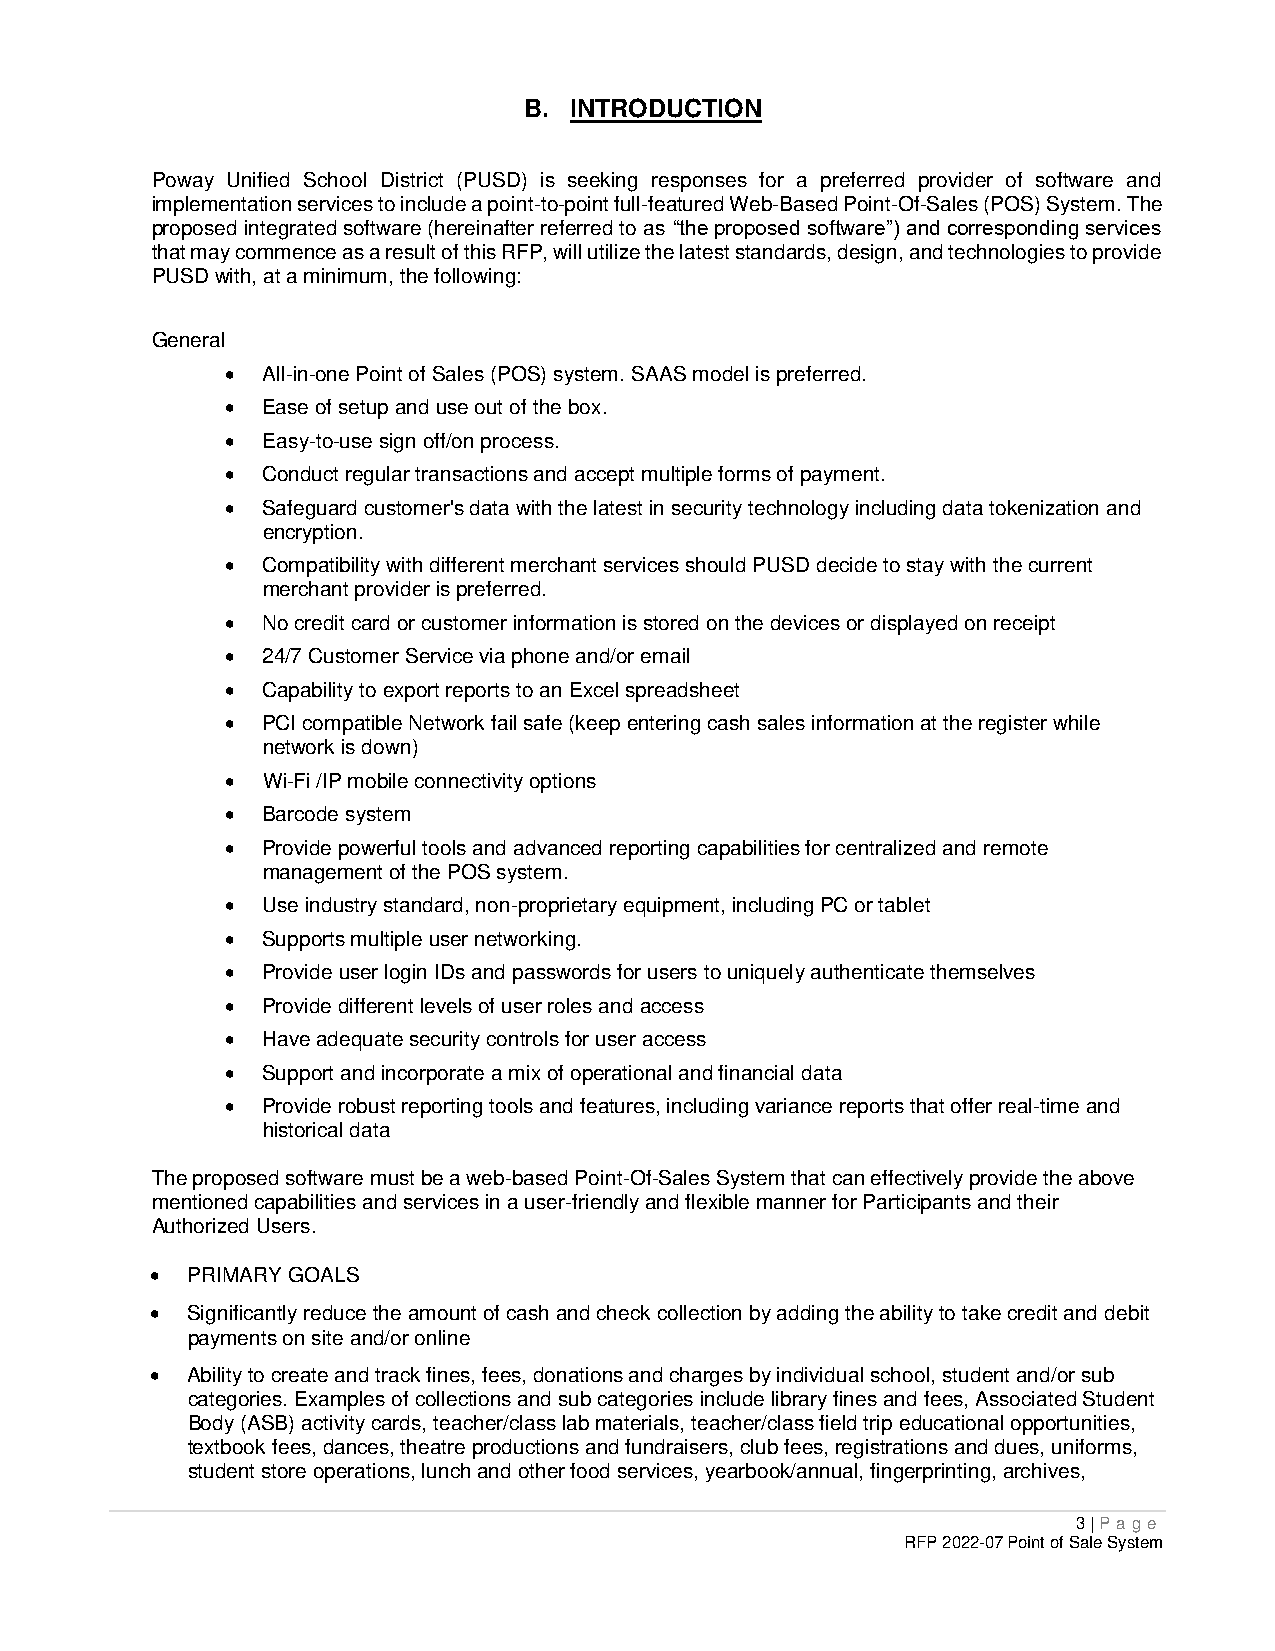
B. INTRODUCTION
 Poway Unified School District (PUSD) is seeking responses for a preferred provider of software and
 implementation services to include a point-to-point full-featured Web-Based Point-Of-Sales (POS) System. The
 proposed integrated software (hereinafter referred to as “the proposed software”) and corresponding services
 that may commence as a result of this RFP, will utilize the latest standards, design, and technologies to provide
 PUSD with, at a minimum, the following:
 General
  All-in-one Point of Sales (POS) system. SAAS model is preferred.
  Ease of setup and use out of the box.
  Easy-to-use sign off/on process.
  Conduct regular transactions and accept multiple forms of payment.
  Safeguard customer's data with the latest in security technology including data tokenization and
 encryption.
  Compatibility with different merchant services should PUSD decide to stay with the current
 merchant provider is preferred.
  No credit card or customer information is stored on the devices or displayed on receipt
  24/7 Customer Service via phone and/or email
  Capability to export reports to an Excel spreadsheet
  PCI compatible Network fail safe (keep entering cash sales information at the register while
 network is down)
  Wi-Fi /IP mobile connectivity options
  Barcode system
  Provide powerful tools and advanced reporting capabilities for centralized and remote
 management of the POS system.
  Use industry standard, non-proprietary equipment, including PC or tablet
  Supports multiple user networking.
  Provide user login IDs and passwords for users to uniquely authenticate themselves
  Provide different levels of user roles and access
  Have adequate security controls for user access
  Support and incorporate a mix of operational and financial data
  Provide robust reporting tools and features, including variance reports that offer real-time and
 historical data
 The proposed software must be a web-based Point-Of-Sales System that can effectively provide the above
 mentioned capabilities and services in a user-friendly and flexible manner for Participants and their
 Authorized Users.
  PRIMARY GOALS
  Significantly reduce the amount of cash and check collection by adding the ability to take credit and debit
 payments on site and/or online
  Ability to create and track fines, fees, donations and charges by individual school, student and/or sub
 categories. Examples of collections and sub categories include library fines and fees, Associated Student
 Body (ASB) activity cards, teacher/class lab materials, teacher/class field trip educational opportunities,
 textbook fees, dances, theatre productions and fundraisers, club fees, registrations and dues, uniforms,
 student store operations, lunch and other food services, yearbook/annual, fingerprinting, archives,
 3 | P age
 RFP 2022-07 Point of Sale System